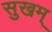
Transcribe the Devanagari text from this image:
सुखम्